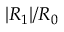
| R _ { 1 } | / R _ { 0 }